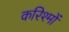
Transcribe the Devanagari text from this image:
करिश्मों